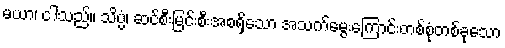
မယာ၊ ငါသည်။ သိပ္ပံ၊ ဆင်စီးမြင်းစီးအစရှိသော အသက်မွေးကြောင်းတစ်စုံတစ်ခုသော